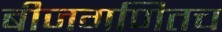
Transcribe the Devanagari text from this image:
बीजगणितच